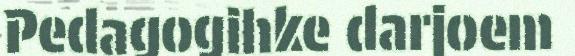
Pedagogihke darjoem